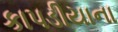
કાપડીયાના